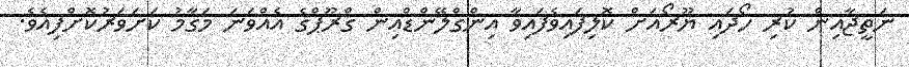
ނަތީޖާއިން ކުރި ހޯދައި ޔޫރޯއަށް ކޮލިފައިވެފައިވާ އިންގްލޭންޑްއިން ގްރޫޕްގެ އެއްވަނަ މަގާމު ކަށަވަރުކޮށްފިއެވެ.